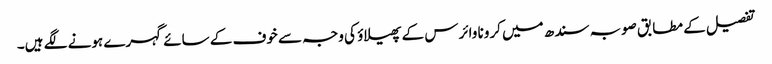
تفصیل کے مطابق صوبہ سندھ میں کرونا وائرس کے پھیلاؤ کی وجہ سے خوف کے سائے گہرے ہونے لگے ہیں۔